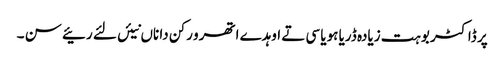
پر ڈاکٹر بوہت زیادہ ڈریا ہویا سی تے اوہدے اتھرو رکن دا ناں نیئں لئے رئیے سن ۔